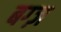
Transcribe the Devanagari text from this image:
बग्ज़